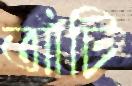
আঁটি